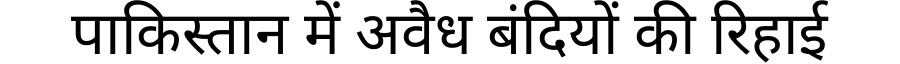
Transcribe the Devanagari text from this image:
पाकिस्तान में अवैध बंदियों की रिहाई